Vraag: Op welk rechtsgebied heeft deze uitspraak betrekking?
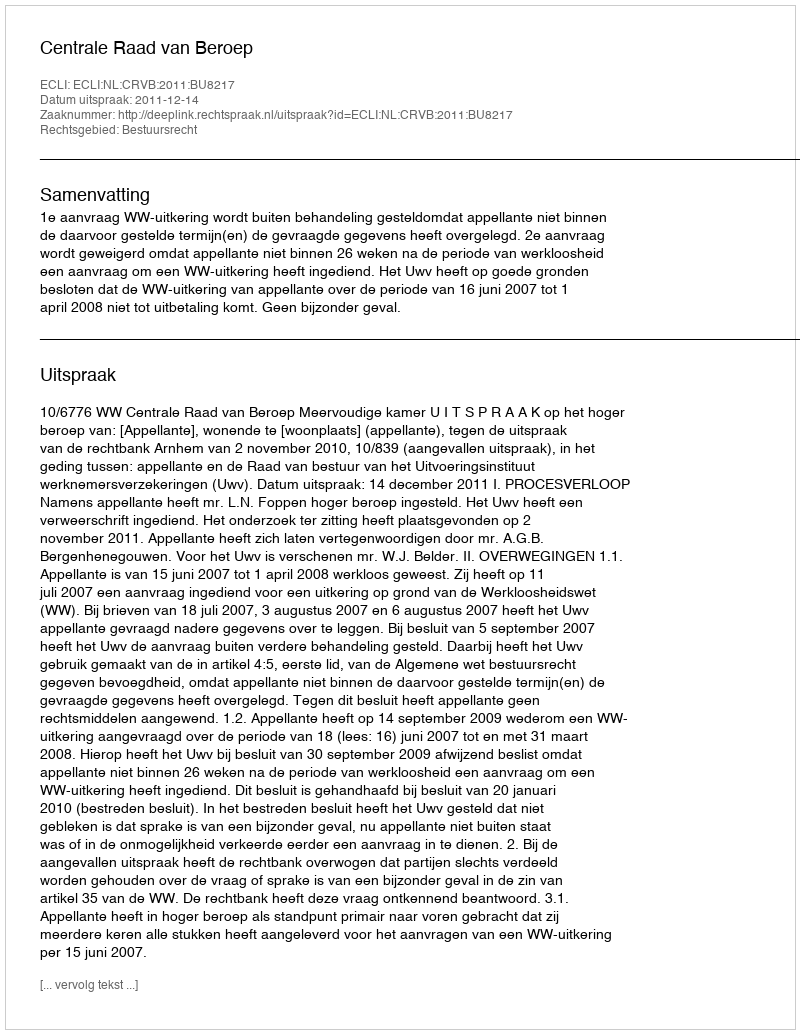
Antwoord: Bestuursrecht